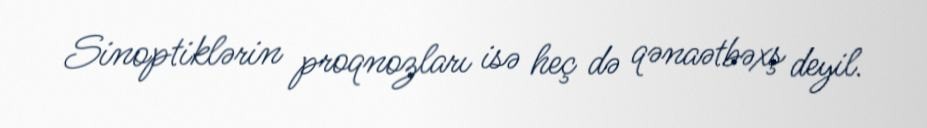
Sinoptiklərin proqnozları isə heç də qənaətbəxş deyil.